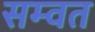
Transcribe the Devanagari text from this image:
सम्‍वत